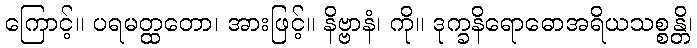
ကြောင့်။ ပရမတ္ထတော၊ အားဖြင့်။ နိဗ္ဗာနံ၊ ကို။ ဒုက္ခနိရောဓောအရိယသစ္စန္တိ၊